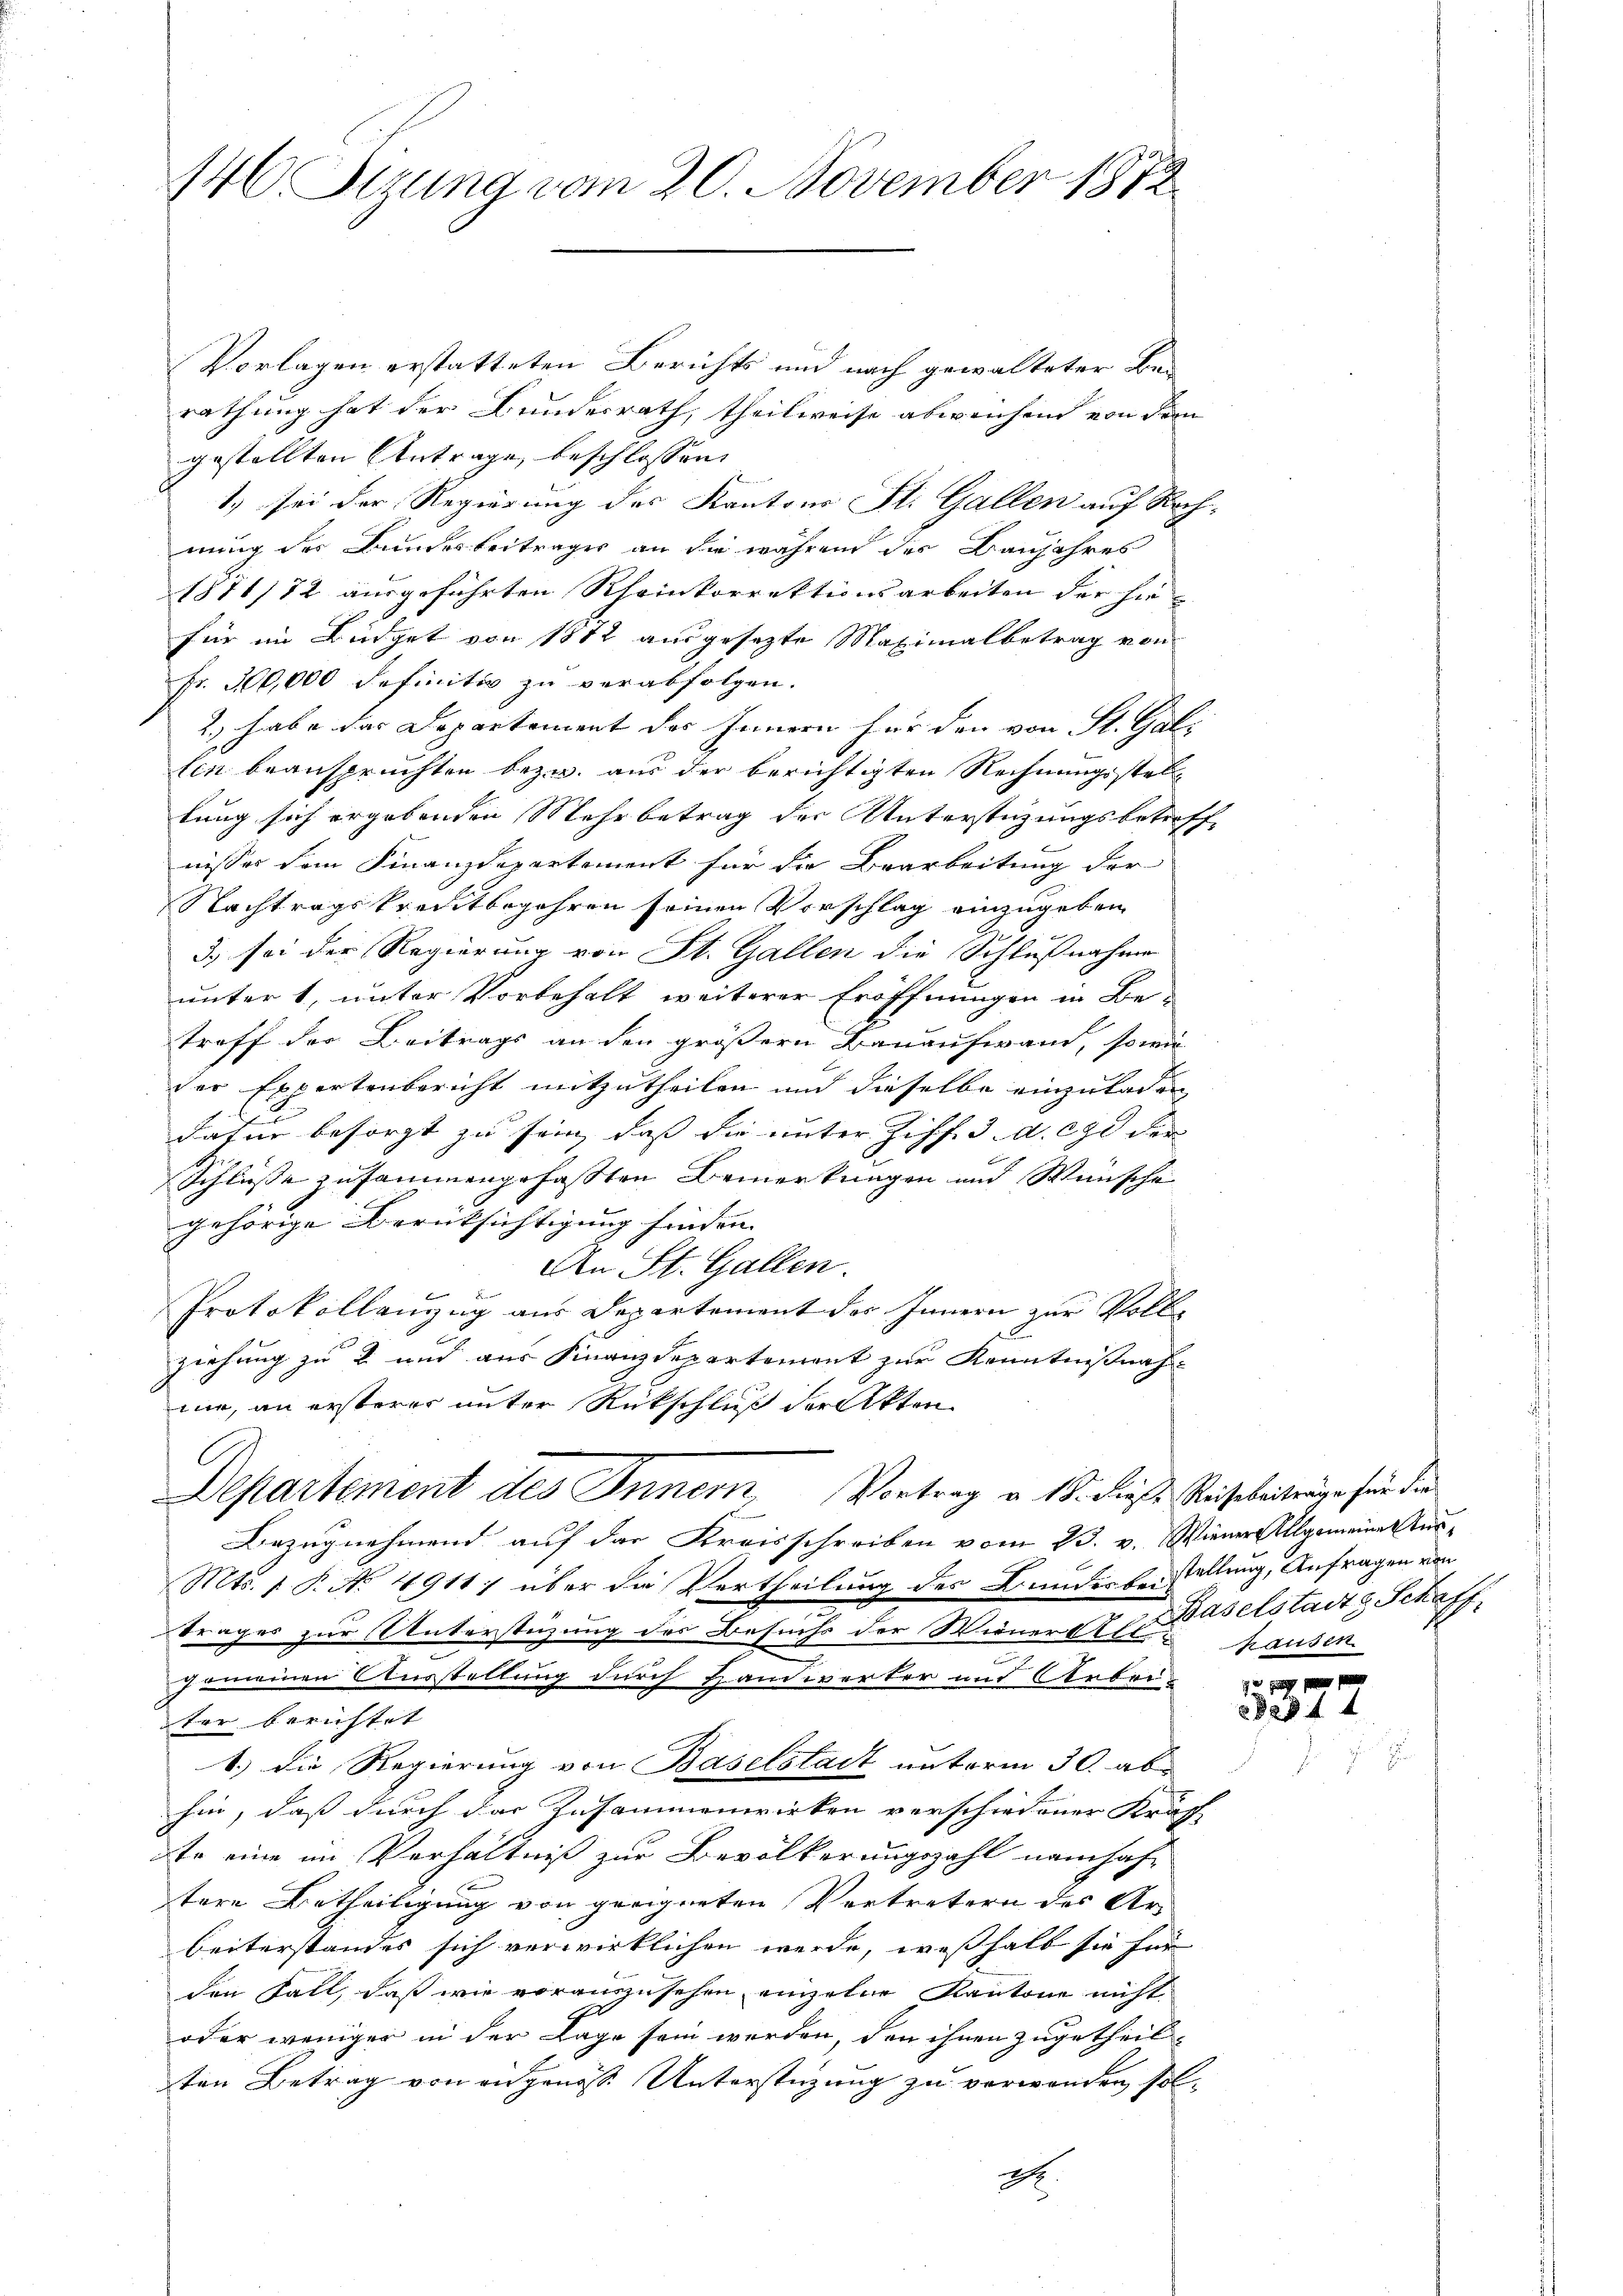
146 Stzung vom 20. November 1872

Vorlagen erstatteten Berichts und nach gewalteter Berathung hat der Bundesrath, theilweise abweichend von dem
gestellten Antrage beschlossen:
1.) sei der Regierung des Kantons St. Gallen auf Rechnung des Bundesbeitrages an die währen des Banjahres
1871/72 ausgeführten Rheinkorrektionsarbeiten der hiefür im Büdget von 1812 ausgesezte Maximalbetrag von
Fr. 300,000 definitiv zu verabfolgen.
2.) habe das Departement des Innern für den von St. Gali
Ein beanspruchten bezw. aus der berichtigten Rechnungsstellung sich ergebenden Mehrbetrag der Unterstüzungsbetreff
nisses dem Finanzdepartement für die Bearbeitung der
Nachtragskreistbegehren seinen Vorschlag einzugeben
3. sei der Regierung von St. Gallen die Schlußnahme
unter 1, unter Vorbehalt weiterer Eröffnungen in Be-
troff der Beitrags an den größern Bauaufwand, sowie
der Expertenbericht mitzutheilen und dieselbe einzuladen
datur besorgt zu sein, dass die unter Ziff. 3. d. che der
Schlüsse zusammengefassten Bemerkungen und Wünsche
gehörige Berüksichtigung finden. |
An St. Gallen.

Protokollenzug aus Departement des Innern zur Volll
ziehung zu 2 und aus Finanzdepartement zur Kenntnißnahme, an ersterer unter Rückschluß der Akten
Departement des Innern Vortrag v. 18. diese Reise beiträge für die
c
Bezugnehmend auf das Kreisschreiben vom 23. v. Wiener Allgemeine Aus¬
Mts. 1. P. No. 4911 über die Vertheilung des Bundesbestellung, Anfragen von
trages zur Unterstüzung des Besuchs der Wiener Alt-
d
2
gemeinen Ausstellung durch Handwerker und Arbei-
ter berichtet
1.) Die Regierung von Baselstadt unterm 30. ab-
hin, daß durch das Zusammenwirken verschiedener Kräffe
te eine im Verhältniß zur Bevölkerungszahl namhaf-
tere Betheiligung von geeigneten Vertretern des Arbeiterstandes sich verwirklichen werde, weßhalb sie für
den Fall, daß wie vorauszusehen, einzelne Kantone nicht
oder weniger in der Lage sein werden, den ihnen zugetheil
ten Betrag von angenes Unterstüzung zu verwanden sol¬

A.

Baselstadtz Schaff
hausen.

282 f 4